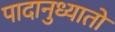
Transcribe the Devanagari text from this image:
पादानुध्यातो